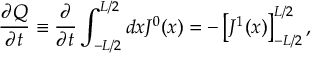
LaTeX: { \frac { \partial Q } { \partial t } } \equiv { \frac { \partial } { \partial t } } \int _ { - L / 2 } ^ { L / 2 } d x J ^ { 0 } ( x ) = - \left[ J ^ { 1 } ( x ) \right] _ { - L / 2 } ^ { L / 2 } ,